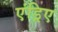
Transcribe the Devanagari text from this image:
एंड्रिए